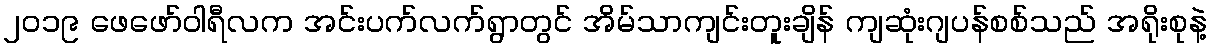
၂၀၁၉ ဖေဖော်ဝါရီလက အင်းပက်လက်ရွာတွင် အိမ်သာကျင်းတူးချိန် ကျဆုံးဂျပန်စစ်သည် အရိုးစုနဲ့